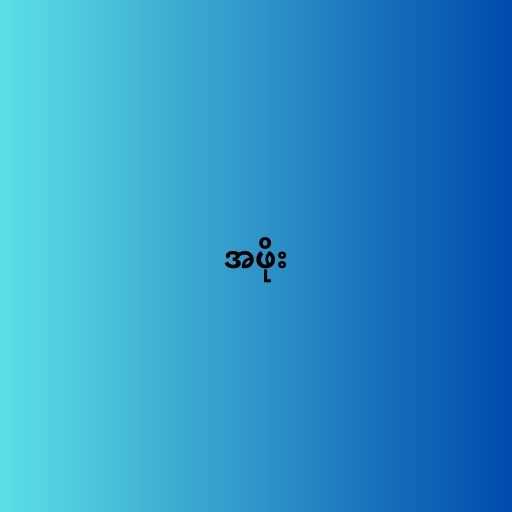
အဖိုး